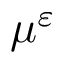
\mu ^ { \varepsilon }